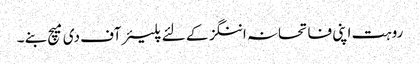
روہت اپنی فاتحانہ اننگز کے لئے پلیئر آف دی میچ بنے ۔